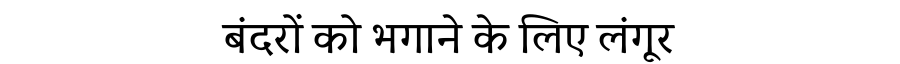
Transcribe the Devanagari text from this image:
बंदरों को भगाने के लिए लंगूर